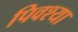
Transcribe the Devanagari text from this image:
पिवश्या